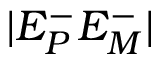
| E _ { P } ^ { - } E _ { M } ^ { - } |